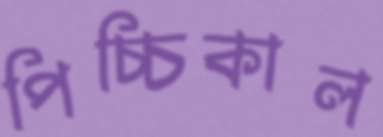
পিচ্চিকাল